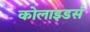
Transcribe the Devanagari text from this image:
कोलाइडर्स